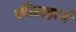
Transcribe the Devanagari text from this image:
कीलहार्न